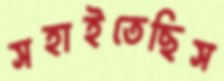
সহাইতেছিস